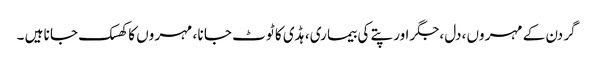
گر دن کے مہر وں ،دل ،جگر اور پتے کی بیما ری، ہڈی کا ٹو ٹ جا نا ، مہر وں کا کھسک جا نا ہیں ۔